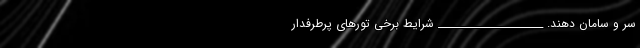
سر و سامان دهند. _____________________ شرایط برخی تورهای پرطرفدار